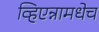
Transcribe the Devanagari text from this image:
व्हिएन्नामधेच